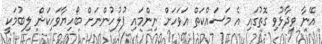
އޭނާ ވިދާޅުވި ގޮތުގައި އެ މަސައްކަތް އަވަހަށް ނިންމައި ފުލުހުންނަށް ބޯހިޔާވަހިކަން ލިބުމަކީ